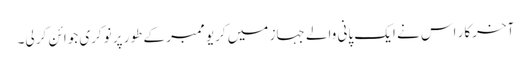
آخرکار اس نے ایک پانی والے جہاز میں کریو ممبر کے طور پر نوکری جوائن کر لی۔